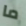
ما